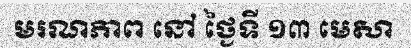
មរណភាព នៅ ថ្ងៃទី ១៣ មេសា